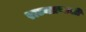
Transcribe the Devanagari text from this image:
राज्यप्रणाली